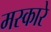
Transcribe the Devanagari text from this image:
मस्कारे